Report of the Indian Hemp Drugs Commission, 1894-1895 - Volume IV
Year: 1894
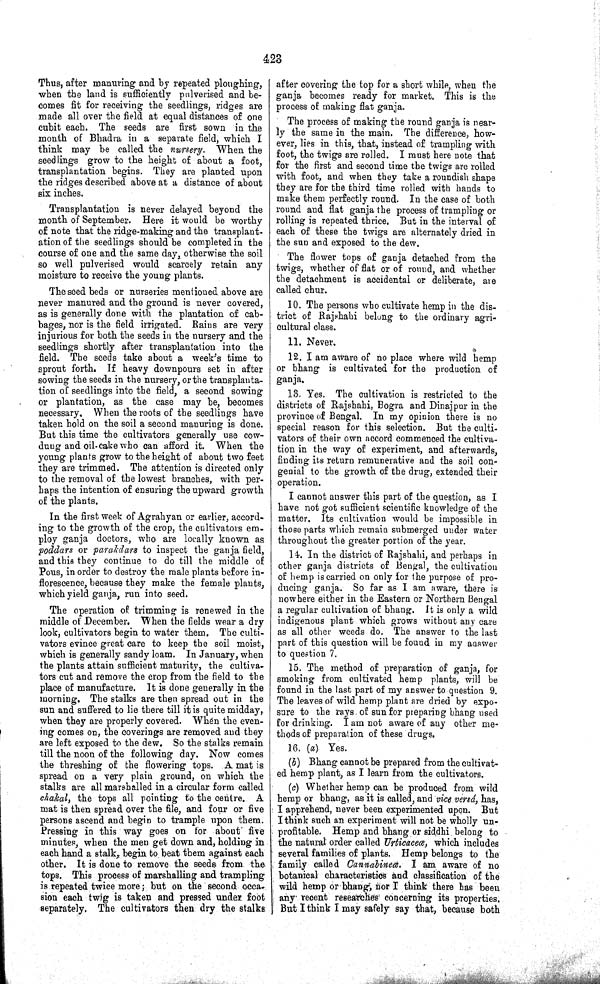
423
Thus, after manuring and by repeated ploughing,
when the land is sufficiently pulverised and be-
comes fit for receiving the seedlings, ridges are
made all over the field at equal distances of one
cubit each. The seeds are first sown in the
month of Bhadra in a separate field, which I
think may be called the nursery. When the
seedlings grow to the height of about a foot,
transplantation begins. They are planted upon
the ridges described above at a distance of about
six inches.
Transplantation is never delayed beyond the
month of September. Here it would be worthy
of note that the ridge-making and the transplant-
ation of the seedlings should be completed in the
course of one and the same day, otherwise the soil
so well pulverised would scarcely retain any
moisture to receive the young plants.
The seed beds or nurseries mentioned above are
never manured and the ground is never covered,
as is generally done with the plantation of cab-
bages, nor is the field irrigated. Rains are very
injurious for both the seeds in the nursery and the
seedlings shortly after transplantation into the
field. The seeds take about a week's time to
sprout forth. If heavy downpours set in after
sowing the seeds in the nursery, or the transplanta-
tion of seedlings into the field, a second sowing
or plantation, as the case may be, becomes
necessary. When the roots of the seedlings have
taken hold on the soil a second manuring is done.
But this time the cultivators generally use cow-
dung and oil-cake who can afford it. When the
young plants grow to the height of about two feet
they are trimmed. The attention is directed only
to the removal of the lowest branches, with per-
haps the intention of ensuring the upward growth
of the plants.
In the first week of Agrahyan or earlier, accord-
ing to the growth of the crop, the cultivators em-
ploy ganja doctors, who are locally known as
poddars or parakdars to inspect the ganja field,
and this they continue to do till the middle of
Pous, in order to destroy the male plants before in-
florescence, because they make the female plants,
which yield ganja, run into seed.
The operation of trimming is renewed in the
middle of December. When the fields wear a dry
look, cultivators begin to water them. The culti-
vators evince great care to keep the soil moist,
which is generally sandy loam. In January, when
the plants attain sufficient maturity, the cultiva-
tors cut and remove the crop from the field to the
place of manufacture. It is done generally in the
morning. The stalks are then spread out in the
sun and suffered to lie there till it is quite midday,
when they are properly covered. When the even-
ing comes on, the coverings are removed and they
are left exposed to the dew. So the stalks remain
till the noon of the following day. Now comes
the threshing of the flowering tops. A mat is
spread on a very plain ground, on which the
stalks are all marshalled in a circular form called
chakal, the tops all pointing to the centre. A
mat is then spread over the file, and four or five
persons ascend and begin to trample upon them.
Pressing in this way goes on for about five
minutes, when the men get down and, holding in
each hand a stalk, begin to beat them against each
other. It is done to remove the seeds from the
tops. This process of marshalling and trampling
is repeated twice more; but on the second occa-
sion each twig is taken and pressed under foot
separately. The cultivators then dry the stalks
after covering the top for a short while, when the
ganja becomes ready for market. This is the
process of making flat ganja.
The process of making the round ganja is near-
ly the same in the main. The difference, how-
ever, lies in this, that, instead of trampling with
foot, the twigs are rolled. I must here note that
for the first and second time the twigs are rolled
with foot, and when they take a roundish shape
they are for the third time rolled with hands to
make them perfectly round. In the case of both
round and flat ganja the process of trampling or
rolling is repeated thrice. But in the interval of
each of these the twigs are alternately dried in
the sun and exposed to the dew.
The flower tops of ganja detached from the
twigs, whether of flat or of round, and whether
the detachment is accidental or deliberate, are
called chur.
10. The persons who cultivate hemp in the dis-
trict of Rajshahi belong to the ordinary agri-
cultural class.
11. Never.
12. I am aware of no place where wild hemp
or bhang is cultivated for the production of
ganja.
13. Yes. The cultivation is restricted to the
districts of Rajshahi, Bogra and Dinajpur in the
province of Bengal. In my opinion there is no
special reason for this selection. But the culti-
vators of their own accord commenced the cultiva-
tion in the way of experiment, and afterwards,
finding its return remunerative and the soil con-
genial to the growth of the drug, extended their
operation.
I cannot answer this part of the question, as I
have not got sufficient scientific knowledge of the
matter. Its cultivation would be impossible in
those parts which remain submerged under water
throughout the greater portion of the year.
14. In the district of Rajsbahi, and perhaps in
other ganja districts of Bengal, the cultivation
of hemp is carried on only for the purpose of pro-
ducing ganja. So far as I am aware, there is
nowhere either in the Eastern or Northern Bengal
a regular cultivation of bhang. It is only a wild
indigenous plant which grows without any care
as all other weeds do. The answer to the last
part of this question will be found in my answer
to question 7.
15. The method of preparation of ganja, for
smoking from cultivated hemp plants, will be
found in the last part of my answer to question 9.
The leaves of wild hemp plant are dried by expo-
sure to the rays of sun for preparing bhang used
for drinking. I am not aware of any other me-
thods of preparation of these drugs.
16. (a) Yes.
(b) Bhang cannot be prepared from the cultivat-
ed hemp plant, as I learn from the cultivators.
(c) Whether hemp can be produced from wild
hemp or bhang, as it is called, and vice versá, has,
I apprehend, never been experimented upon. But
I think such an experiment will not be wholly un-
profitable. Hemp and bhang or siddhi belong to
the natural order called Urticaceœ, which includes
several families of plants. Hemp belongs to the
family called Cannabineœ. I am aware of no
botanical characteristics and classification of the
wild hemp or bhang, nor I think there has been
any recent researches concerning its properties.
But I think I may safely say that, because both